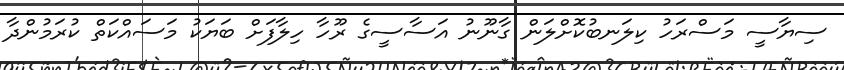
ސިޔާސީ މަސްރަހު ކިލަނބުކޮށްލަން ގާނޫނު އަސާސީގެ ރޫހާ ހިލާފަށް ބަޔަކު މަސައްކަތް ކުރަމުންދާ